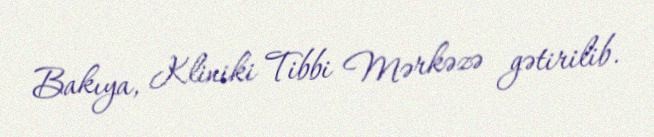
Bakıya, Kliniki Tibbi Mərkəzə gətirilib.